Annual vaccination report of Bihar and Orissa - 1911-1928
Year: 1911
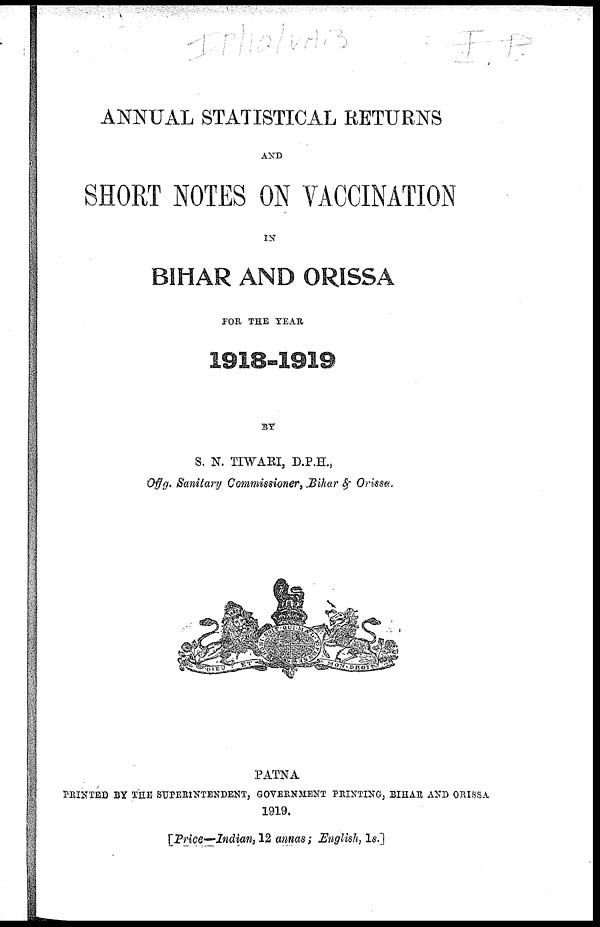
ANNUAL STATISTICAL RETURNS
AND
SHORT NOTES ON VACCINATION
IN
BIHAR AND ORISSA
FOR THE YEAR
1918-1919
BY
S. N. TIWARI, D.P.H.,
Offg. Sanitary Commissioner, Bihar & Orissa.
PATNA
PRINTED BY THE SUPERINTENDENT, GOVERNMENT PRINTING, BIHAR AND ORISSA
1919.
[Price—Indian,
12 annas; English, 1s.]